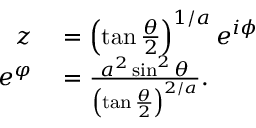
\begin{array} { r l } { z } & { { } = \left( \tan \frac { \theta } { 2 } \right) ^ { 1 / a } e ^ { i \phi } } \\ { e ^ { \varphi } } & { { } = \frac { a ^ { 2 } \sin ^ { 2 } \theta } { \left( \tan \frac { \theta } { 2 } \right) ^ { 2 / a } } . } \end{array}